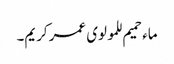
ماء حمیم للمولوی عمر کریم۔